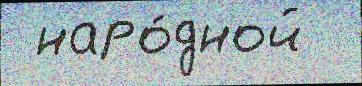
 наро́дной